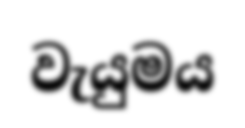
වැයුමය